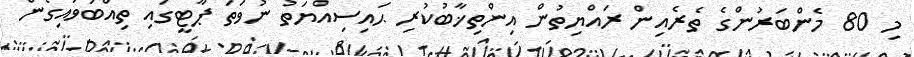
މި 80 މެންބަރުންގެ ތެރެއިން ރައްޔިތުން އިންތިޚާބުކުރި ޙައިސިއްޔަތު ނުވަތަ ޕާޓީގައި ތިއްބަވައިގެން